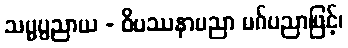
သမ္မပ္ပညာယ - ဝိပဿနာပညာ မဂ်ပညာဖြင့်၊